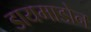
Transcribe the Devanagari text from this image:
डायमाडोन